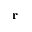
\textbf { r }